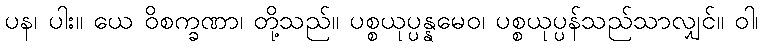
ပန၊ ပါး။ ယေ ဝိစက္ခဏာ၊ တို့သည်။ ပစ္စယုပ္ပန္နမေဝ၊ ပစ္စယုပ္ပန်သည်သာလျှင်။ ဝါ၊